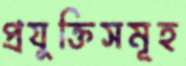
প্রযুক্তিসমূহ